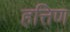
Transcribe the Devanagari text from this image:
हत्तिण